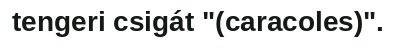
tengeri csigát "(caracoles)".